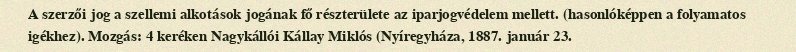
A szerzői jog a szellemi alkotások jogának fő részterülete az iparjogvédelem mellett. (hasonlóképpen a folyamatos igékhez). Mozgás: 4 keréken Nagykállói Kállay Miklós (Nyíregyháza, 1887. január 23.